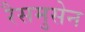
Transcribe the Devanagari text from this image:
रैसमुसेन